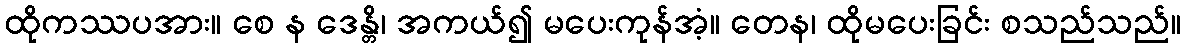
ထိုကဿပအား။ စေ န ဒေန္တိ၊ အကယ်၍ မပေးကုန်အံ့။ တေန၊ ထိုမပေးခြင်း စသည်သည်။